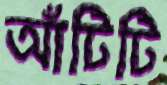
আঁটিটি